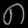
Digit: ၈